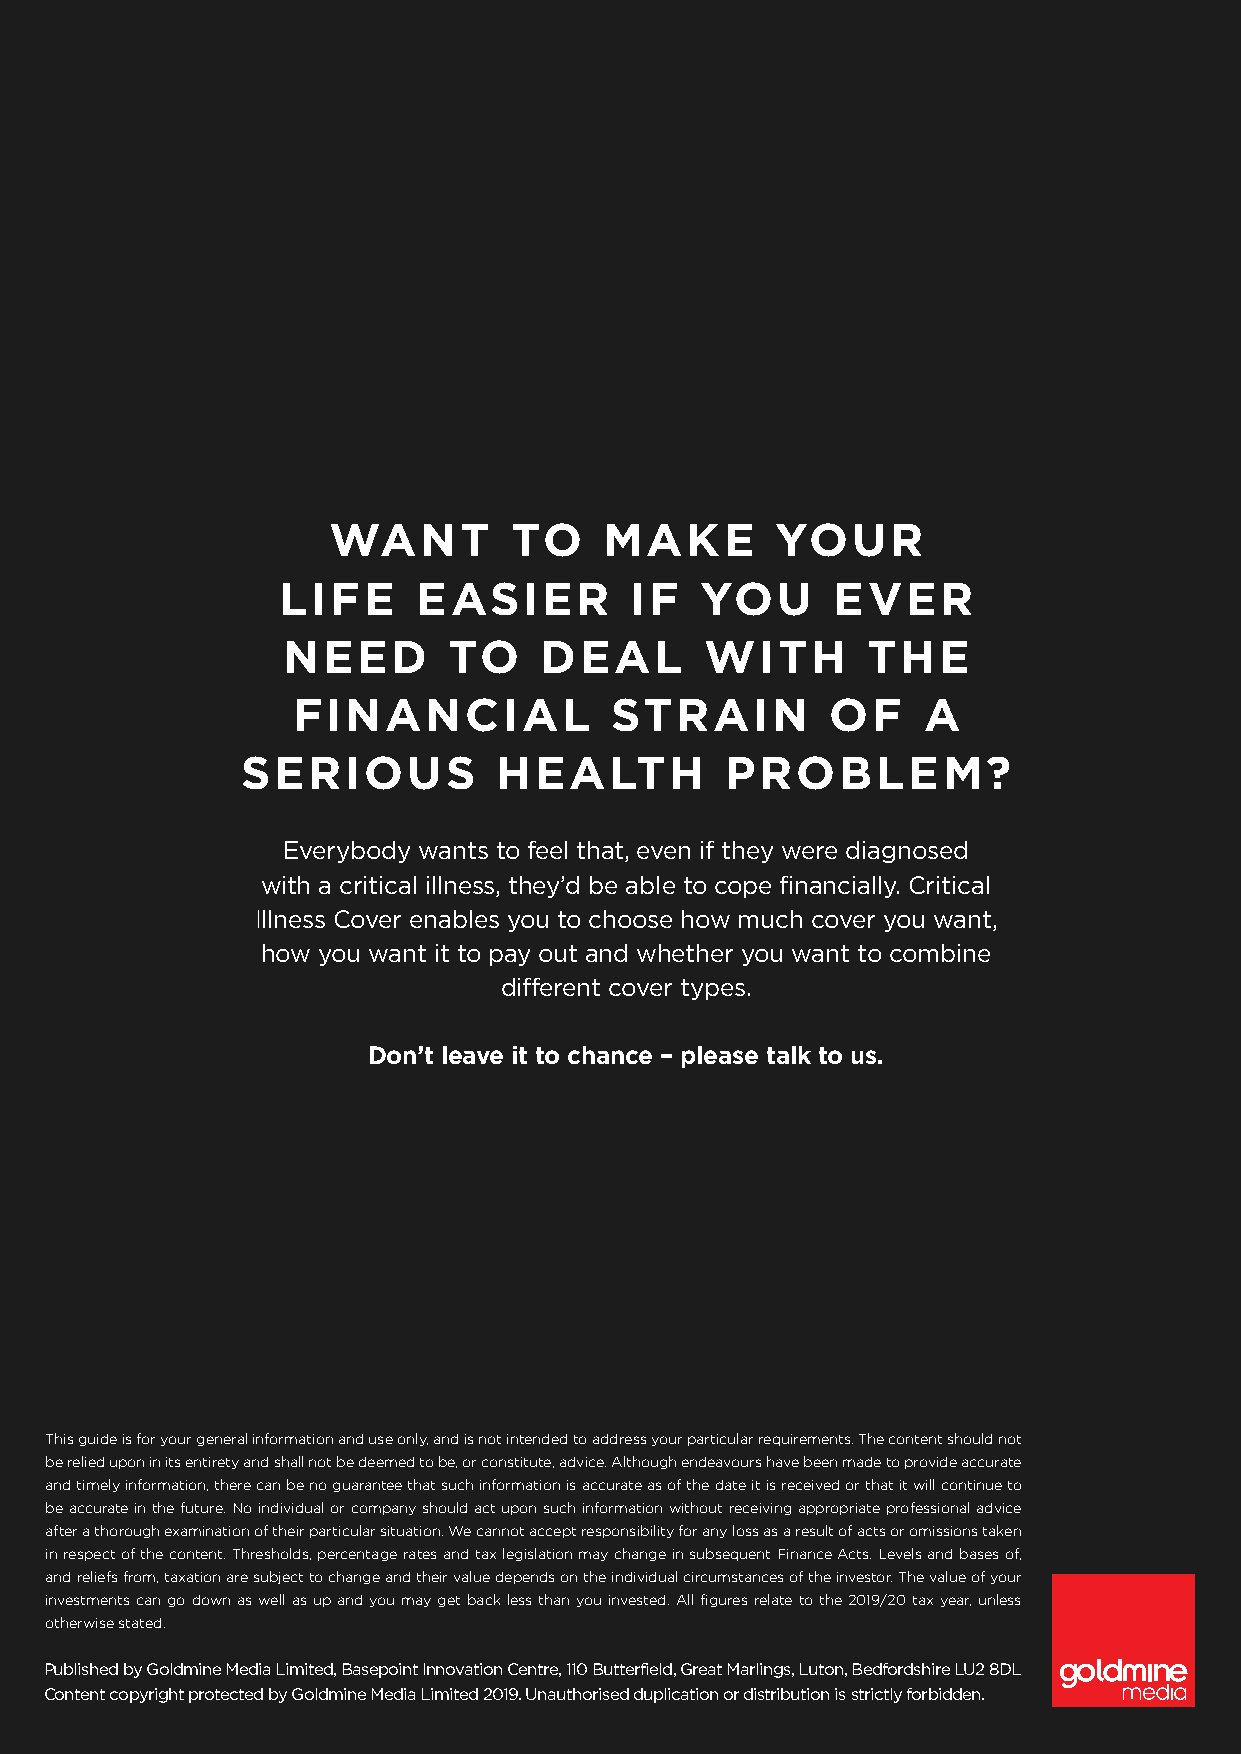
WANT        TO    MAKE       YOUR
 LIFE      EASIER        IF  YOU      EVER
 NEED       TO    DEAL       WITH      THE
 FINANCIAL            STRAIN         OF    A
 SERIOUS          HEALTH         PROBLEM?
 Everybody wants to feel that, even if they were diagnosed
 with a critical illness, they’d be able to cope financially. Critical
 Illness Cover enables you to choose how much cover you want,
 how you want it to pay out and whether you want to combine
 different cover types.
 Don’t leave it to chance – please talk to us.
 This guide is for your general information and use only, and is not intended to address your particular requirements. The content should not
 be relied upon in its entirety and shall not be deemed to be, or constitute, advice. Although endeavours have been made to provide accurate
 and timely information, there can be no guarantee that such information is accurate as of the date it is received or that it will continue to
 be accurate in the future. No individual or company should act upon such information without receiving appropriate professional advice
 after a thorough examination of their particular situation. We cannot accept responsibility for any loss as a result of acts or omissions taken
 in respect of the content. Thresholds, percentage rates and tax legislation may change in subsequent Finance Acts. Levels and bases of,
 and reliefs from, taxation are subject to change and their value depends on the individual circumstances of the investor. The value of your
 investments can go down as well as up and you may get back less than you invested. All figures relate to the 2019/20 tax year, unless
 otherwise stated.
 Published by Goldmine Media Limited, Basepoint Innovation Centre, 110 Butterfield, Great Marlings, Luton, Bedfordshire LU2 8DL
 Content copyright protected by Goldmine Media Limited 2019. Unauthorised duplication or distribution is strictly forbidden.